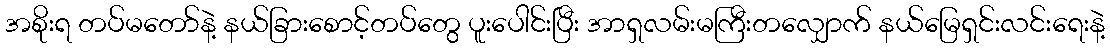
အစိုးရ တပ်မတော်နဲ့ နယ်ခြားစောင့်တပ်တွေ ပူးပေါင်းပြီး အာရှလမ်းမကြီးတလျှောက် နယ်မြေရှင်းလင်းရေးနဲ့